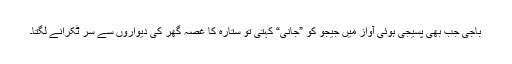
باجی جب بھی پسیجی ہوئی آواز میں جیجو کو ”جانی“ کہتی تو ستارہ کا غصہ گھر کی دیواروں سے سر ٹکرانے لگتا۔